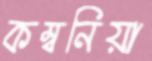
কম্বনিয়া